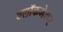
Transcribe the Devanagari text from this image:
क्लॉकमेकर